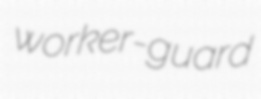
worker-guard